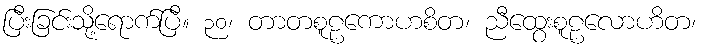
ပြီးခြင်းသို့ရောက်ပြီ။ ၃၀၊ တာတစူဠကောဟစိတ၊ ညီထွေးစူဠလောဟိတ၊